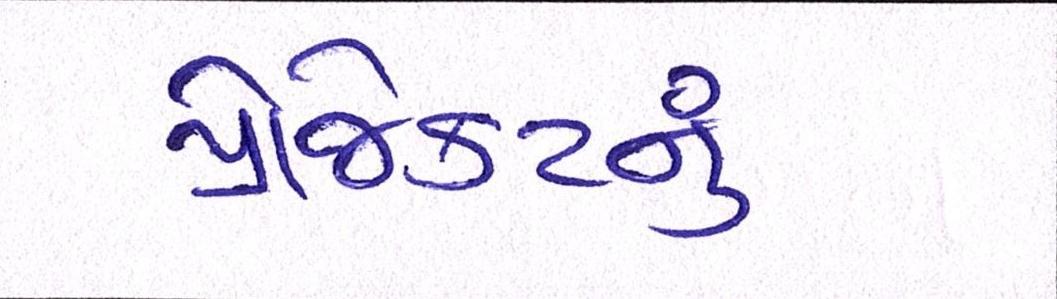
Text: પ્રોજેકટનું